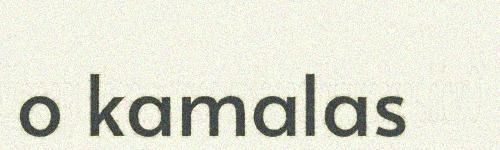
o kamalas